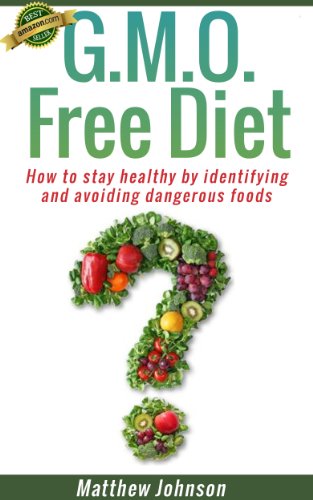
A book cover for GMO Free Diet: How to stay healthy by identifying and avoiding dangerous foods (genetically modified foods)(Monsanto) (Non GMO, GMO, GMO Diet,GMO Foods,GMO Books,Monsanto); Matthew Johnson; Health, Fitness & Dieting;